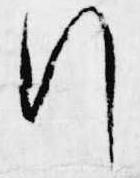
行